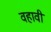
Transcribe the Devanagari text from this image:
वहावी